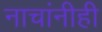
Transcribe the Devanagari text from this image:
नाचांनीही